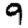
Digit: 9